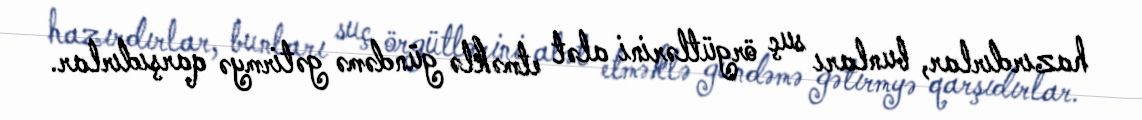
hazırdırlar, bunları suç örgütlərini alət etməklə gündəmə gətirmyə qarşıdırlar.